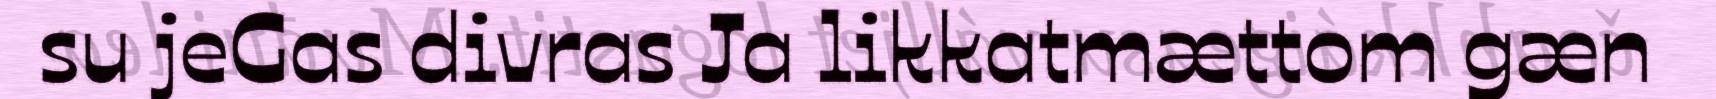
su jeGas divras Ja likkatmættom gæn